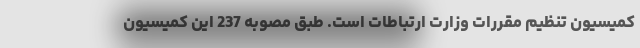
کمیسیون تنظیم مقررات وزارت ارتباطات است. طبق مصوبه 237 این کمیسیون